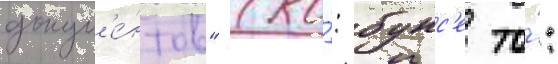
докум'е́нтов" (ко́: бунс'е то́: